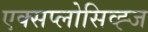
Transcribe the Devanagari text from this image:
एक्सप्लोसिव्ह्ज